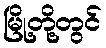
မြို့တို့တွင်